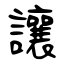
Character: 讓